Vana-Kasaritsa_(Kasaritsa)_vallavalitsus, lk 34
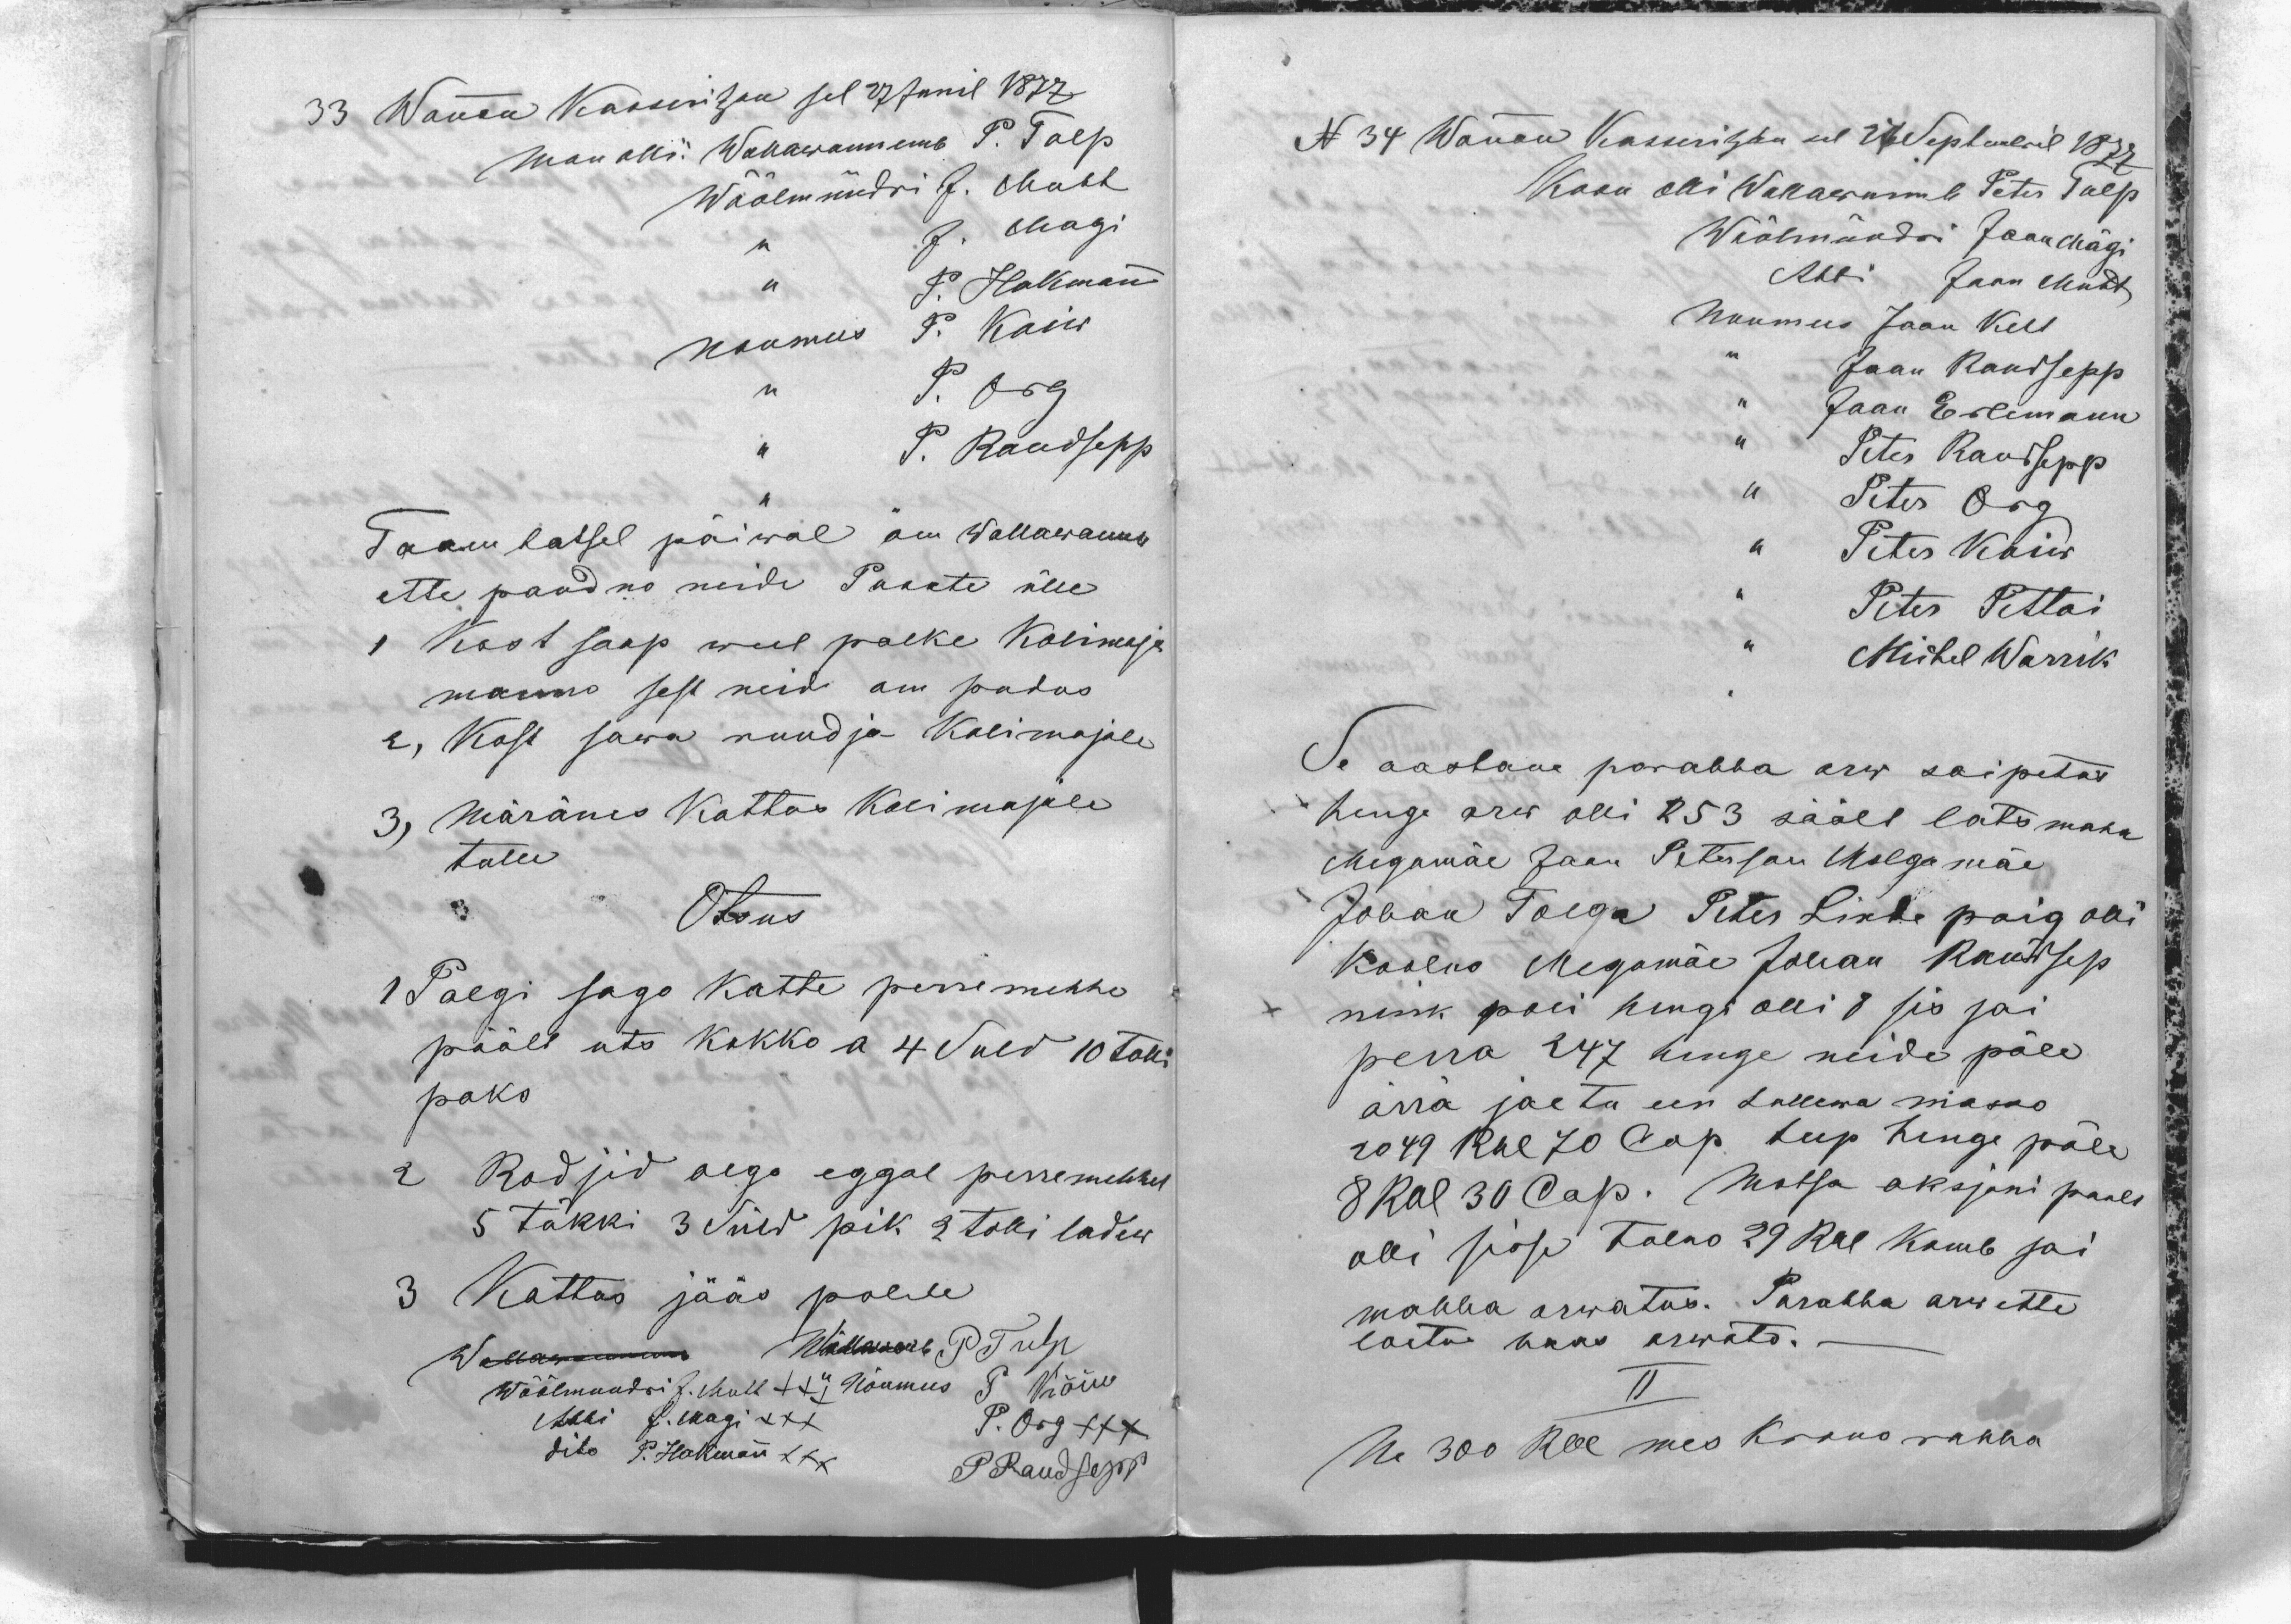
33 Wannan Kasseritzan sel 27 Junil 1877
Man olli: Wallawannemb P. Tulp
Wöölmündri J. Mutt
,, J. Magi
,, P. Hakmann
Noumees P. Kaiw
,, P. Org
,, P. Raudsepp
Taambatsel päiwal om wallawannb
ette pandno neide Puncte ülle
1 Kost saap weel palke Kolimaja
manno sest neid om pudus
2, Kost sawa nuud ja Kolimajale
3, Mõränes kattus Kolimajale
tulle
Otsus
1 Palgi sago katte perremehhe
päält uts kokko a 4 Suld 10 tolli
paks
2 Rodjid olgo eggal perremehhel
5 tükki 3 Süld pik 2 tolli ladew
3 Kattus jääs polele
Wallawanemb Wallawanb P. Tulp
Wöölmundri J. Mutt XXX
Nõumees P. Kõiw
Abbi J.Magi XXX
P. Org XXX
dito P. Hakmann XXX
P Raudsepp

N 34 Wannan Kasseritzan sel 27 Septembril 1877
Koon olli Wallawanmb Peter Tulp
Wöölmündri Jaan Mägi
Abbi Jaan Mutt
Noumees Jaan Kelt
,, Jaan Raudsepp
,, Jaan Erlemann
,, Peter Raudsepp
,, Peter Org
,, Peter Kaiw
,, Peter Pettai
Michel Warrik
Se aastane parahha arw sai petus
henge arw olli 253 säält lats maha
Megomäe Jaan Peterson Malgamäe
Johan Tolga Peter Linde poig olli
koolno Megomäe Johan Raudsep
nink poli hengi olli 8 sis sai
perra 247 henge neide päle
ärrä jaetu een tullewa masso
2049 Rbl 70 Cop teep henge päle
8 Rbl 30 Cop. Motsa  oksjoni paalt
olli sisse tulno 29 Rbl komb sai
mahha arwatus. Parahha arw ette
loetu haas arwata.
II
Ne 300 Rbl mes Krono rahha